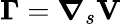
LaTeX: \boldsymbol{\Gamma}=\boldsymbol{\nabla}_{s}\mathbf{V}